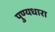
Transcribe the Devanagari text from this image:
पुण्यधारा